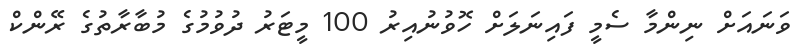
ވަނައަށް ނިންމާ ސެމީ ފައިނަލަށް ހޮވުނުއިރު 100 މީޓަރު ދުވުމުގެ މުބާރާތުގެ ރޭންކް